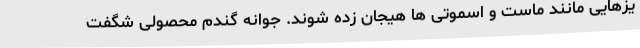
یزهایی مانند ماست و اسموتی ها هیجان زده شوند. جوانه گندم محصولی شگفت